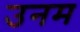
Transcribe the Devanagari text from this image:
उनम